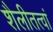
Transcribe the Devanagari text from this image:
शैलीतत्वां